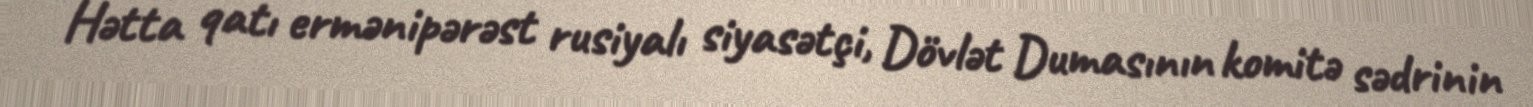
Hətta qatı ermənipərəst rusiyalı siyasətçi, Dövlət Dumasının komitə sədrinin